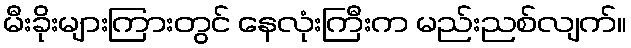
မီးခိုးများကြားတွင် နေလုံးကြီးက မည်းညစ်လျက်။